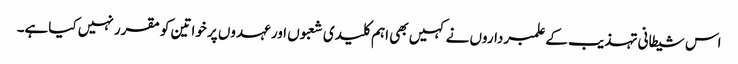
اس شیطانی تہذیب کے علمبرداروں نے کہیں بھی اہم کلیدی شعبوں اور عہدوں پر خواتین کو مقرر نہیں کیاہے۔